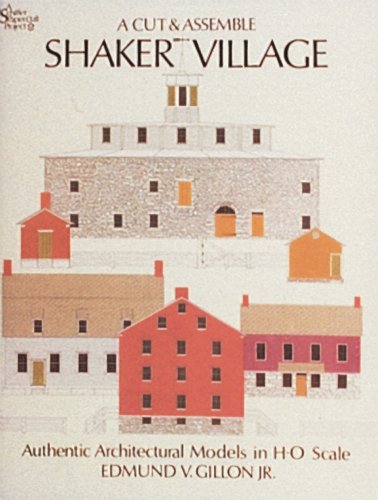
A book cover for Shaker Village; Edmund Gillon; Christian Books & Bibles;